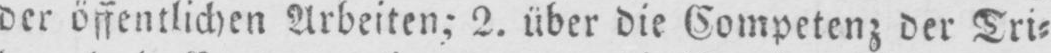
der öffentlichen Arbeiten- 2. über die Competenz der Tri⸗